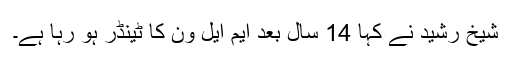
شیخ رشید نے کہا 14 سال بعد ایم ایل ون کا ٹینڈر ہو رہا ہے۔